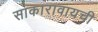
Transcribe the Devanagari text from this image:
साकारावायची